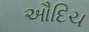
ઔદિચ